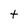
Character: t